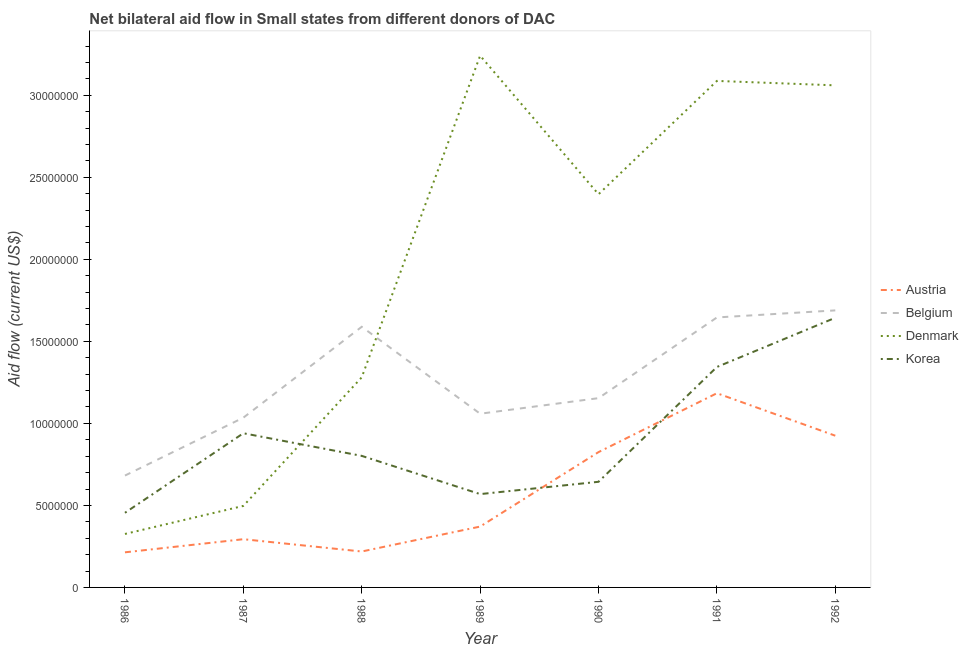
| Year | Austria | Belgium | Denmark | Korea |
 | --- | --- | --- | --- | --- |
 | 1986 | 2.14e+06 | 6.82e+06 | 3.26e+06 | 4.55e+06 |
 | 1987 | 2.94e+06 | 1.04e+07 | 4.97e+06 | 9.4e+06 |
 | 1988 | 2.19e+06 | 1.59e+07 | 1.28e+07 | 8.02e+06 |
 | 1989 | 3.71e+06 | 1.06e+07 | 3.24e+07 | 5.69e+06 |
 | 1990 | 8.25e+06 | 1.15e+07 | 2.4e+07 | 6.44e+06 |
 | 1991 | 1.18e+07 | 1.65e+07 | 3.09e+07 | 1.34e+07 |
 | 1992 | 9.25e+06 | 1.69e+07 | 3.06e+07 | 1.64e+07 |